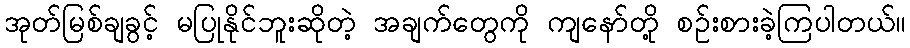
အုတ်မြစ်ချခွင့် မပြုနိုင်ဘူးဆိုတဲ့ အချက်တွေကို ကျနော်တို့ စဉ်းစားခဲ့ကြပါတယ်။